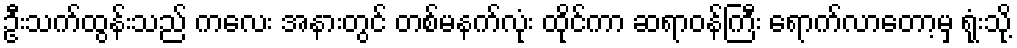
ဦးသက်ထွန်းသည် ကလေး အနားတွင် တစ်မနက်လုံး ထိုင်ကာ ဆရာဝန်ကြီး ရောက်လာတော့မှ ရုံးသို့